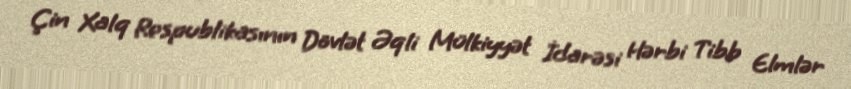
Çin Xalq Respublikasının Dövlət Əqli Mülkiyyət İdarəsi Hərbi Tibb Elmlər